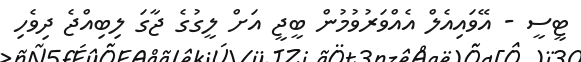
ޓީސީ - އޭވައިއެލް އެއްވަރުވުމުން ބީޖީ އަށް ލީގުގެ ޖާގަ ލިބިއްޖެ ދިވެހި